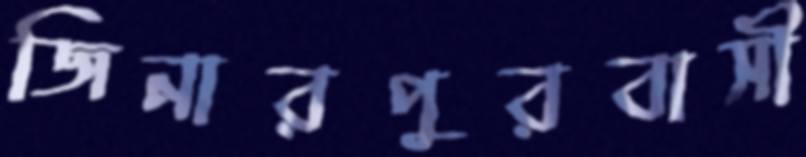
জিনারপুরবাসী